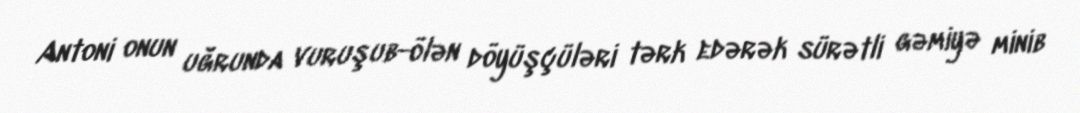
Antoni onun uğrunda vuruşub-ölən döyüşçüləri tərk edərək sürətli gəmiyə minib